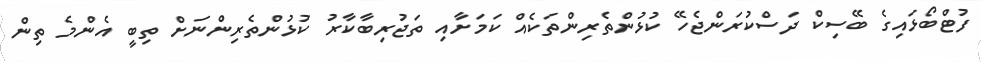
ފުޓްބޯޅައިގެ ބޭސިކް ދަސްކުރަންޖެހޭ ކުޅުންތެރިންތަކެއް ކަމަށާއި ތަޖުރިބާކާރު ކުޅުންތެރިންނަށް ތިބީ އެންމެ ތިން